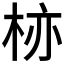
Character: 𱣗